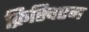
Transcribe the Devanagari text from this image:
क्रिस्चिएन